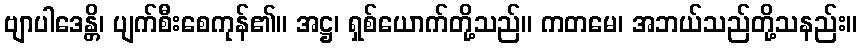
ဗျာပါဒေန္တိ၊ ပျက်စီးစေကုန်၏။ အဋ္ဌ၊ ရှစ်ယောက်တို့သည်။ ကတမေ၊ အဘယ်သည်တို့သနည်း။